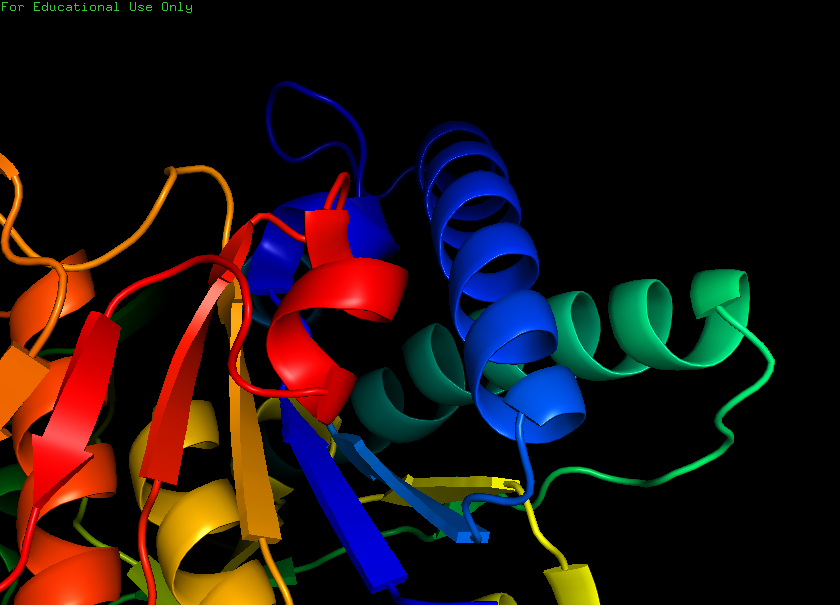
pymol, preset, pretty